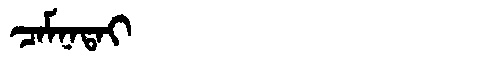
Manchu: ᠴᠠᠮᠨᠠᡨᠠᡳ
Romanization: CAMNATAI